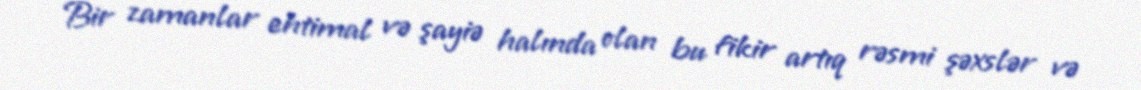
Bir zamanlar ehtimal və şayiə halında olan bu fikir artıq rəsmi şəxslər və